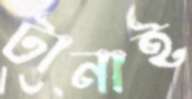
টানাই